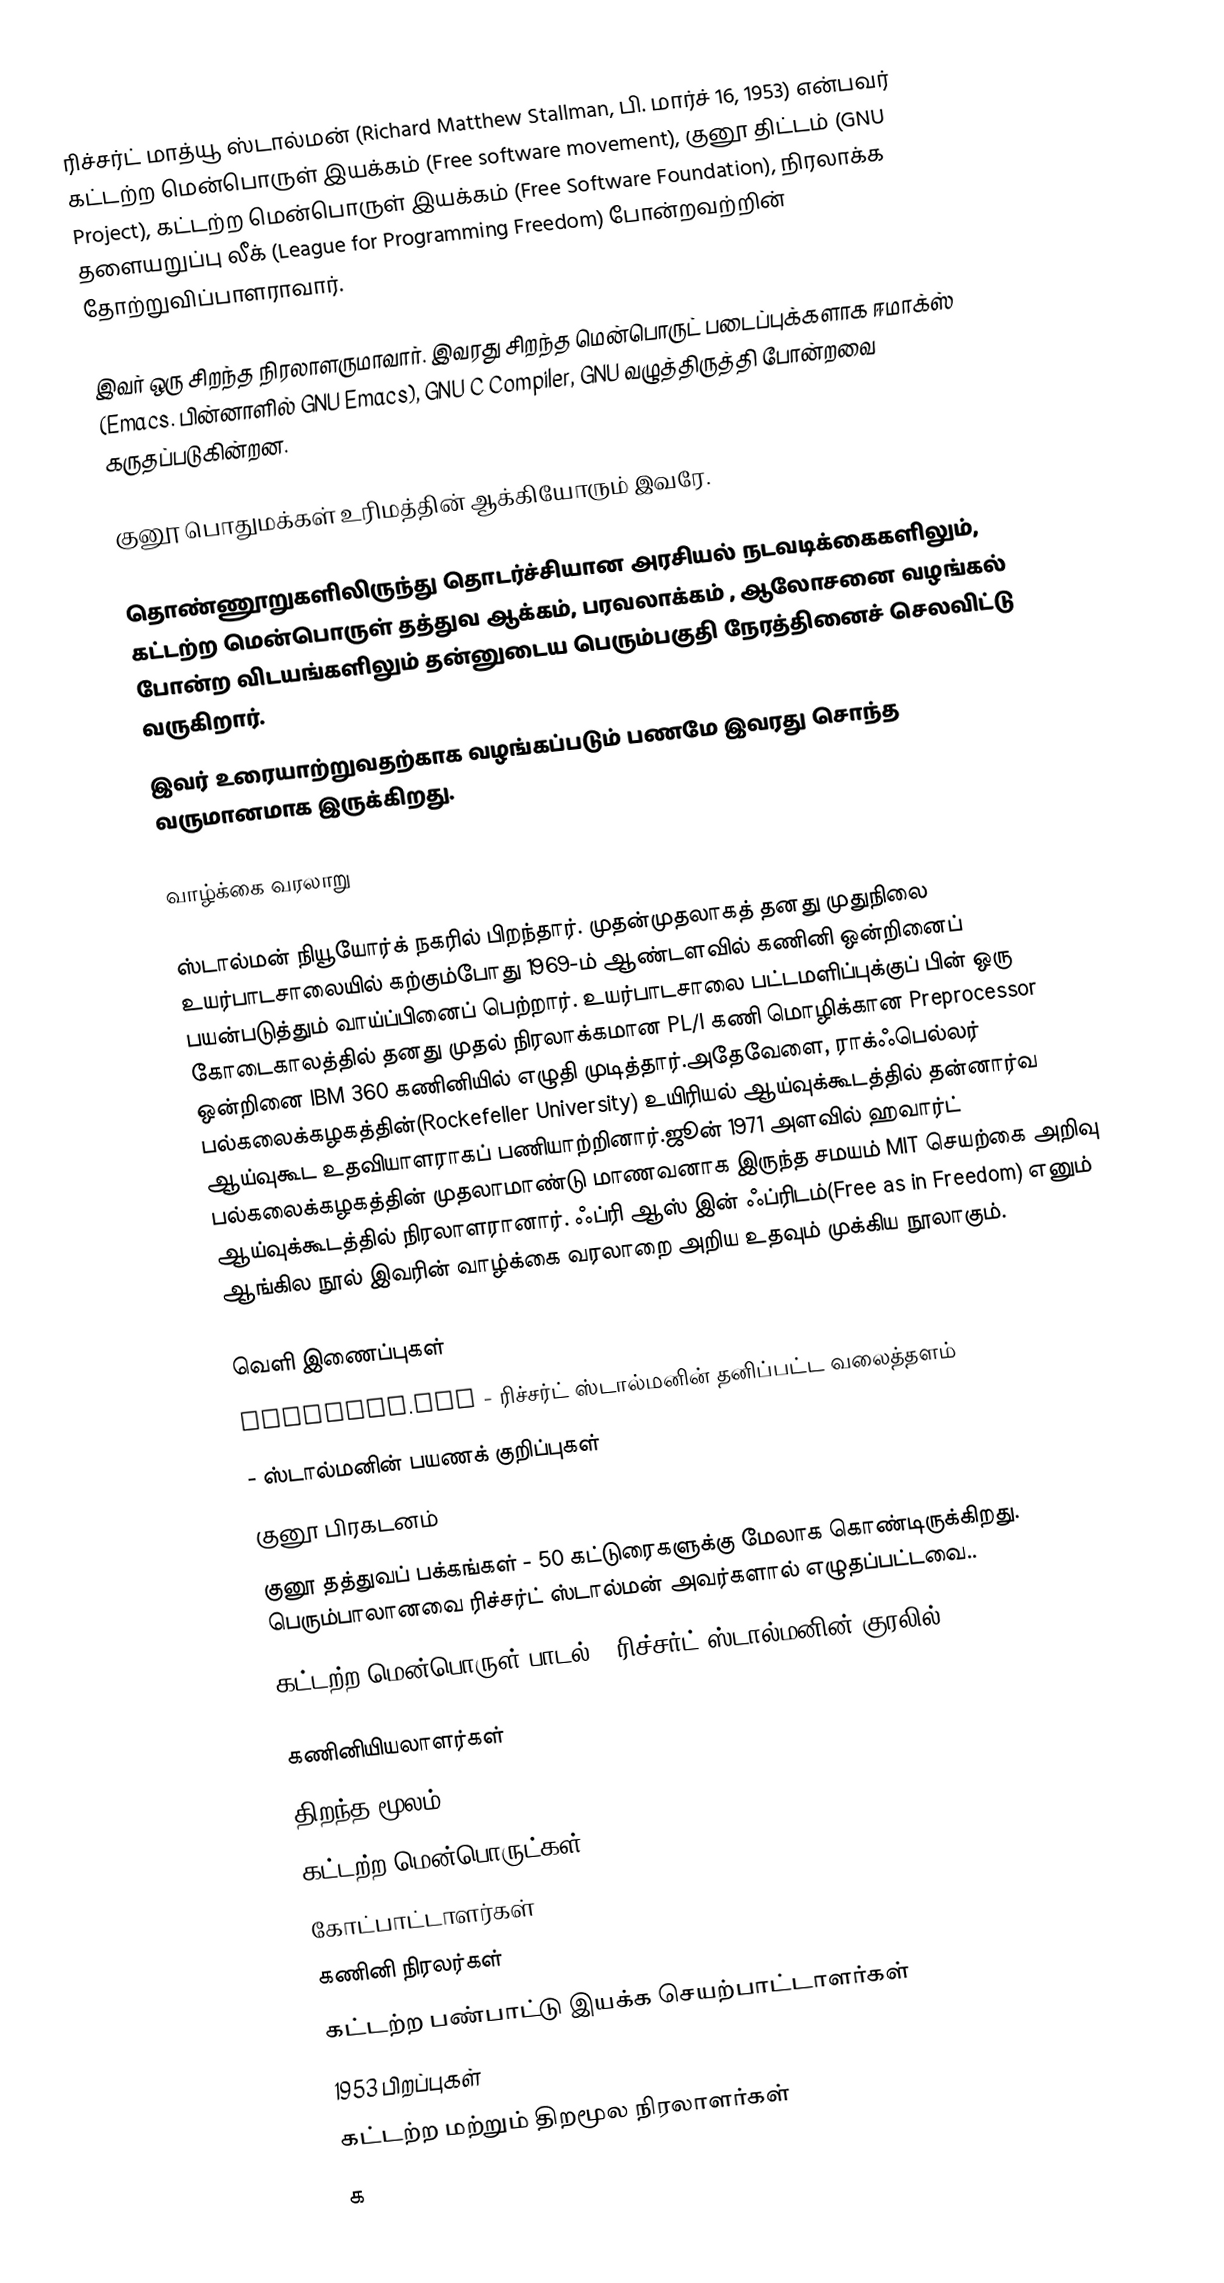
ரிச்சர்ட் மாத்யூ ஸ்டால்மன் (Richard Matthew Stallman, பி. மார்ச் 16, 1953) என்பவர் கட்டற்ற மென்பொருள் இயக்கம் (Free software movement), குனூ திட்டம் (GNU Project), கட்டற்ற மென்பொருள் இயக்கம் (Free Software Foundation), நிரலாக்க தளையறுப்பு லீக் (League for Programming Freedom) போன்றவற்றின் தோற்றுவிப்பாளராவார்.

இவர் ஒரு சிறந்த நிரலாளருமாவார். இவரது சிறந்த மென்பொருட் படைப்புக்களாக ஈமாக்ஸ் (Emacs. பின்னாளில் GNU Emacs), GNU C Compiler, GNU வழுத்திருத்தி போன்றவை கருதப்படுகின்றன.

குனூ பொதுமக்கள் உரிமத்தின் ஆக்கியோரும் இவரே.

தொண்ணூறுகளிலிருந்து தொடர்ச்சியான அரசியல் நடவடிக்கைகளிலும், கட்டற்ற மென்பொருள் தத்துவ ஆக்கம், பரவலாக்கம் , ஆலோசனை வழங்கல் போன்ற விடயங்களிலும் தன்னுடைய பெரும்பகுதி நேரத்தினைச் செலவிட்டு வருகிறார்.
இவர் உரையாற்றுவதற்காக வழங்கப்படும் பணமே இவரது சொந்த வருமானமாக இருக்கிறது.

வாழ்க்கை வரலாறு

ஸ்டால்மன் நியூயோர்க் நகரில் பிறந்தார். முதன்முதலாகத் தனது முதுநிலை உயர்பாடசாலையில் கற்கும்போது 1969-ம் ஆண்டளவில் கணினி ஒன்றினைப் பயன்படுத்தும் வாய்ப்பினைப் பெற்றார். உயர்பாடசாலை பட்டமளிப்புக்குப் பின் ஒரு கோடைகாலத்தில் தனது முதல் நிரலாக்கமான PL/I கணி மொழிக்கான Preprocessor ஒன்றினை IBM 360 கணினியில் எழுதி முடித்தார்.அதேவேளை, ராக்ஃபெல்லர் பல்கலைக்கழகத்தின்(Rockefeller University) உயிரியல் ஆய்வுக்கூடத்தில் தன்னார்வ ஆய்வுகூட உதவியாளராகப் பணியாற்றினார்.ஜூன் 1971 அளவில் ஹவார்ட் பல்கலைக்கழகத்தின் முதலாமாண்டு மாணவனாக இருந்த சமயம் MIT செயற்கை அறிவு ஆய்வுக்கூடத்தில் நிரலாளரானார். ஃப்ரி ஆஸ் இன் ஃப்ரிடம்(Free as in Freedom) எனும் ஆங்கில நூல் இவரின் வாழ்க்கை வரலாறை அறிய உதவும் முக்கிய நூலாகும்.

வெளி இணைப்புகள்
  stallman.org - ரிச்சர்ட் ஸ்டால்மனின் தனிப்பட்ட வலைத்தளம்
  - ஸ்டால்மனின் பயணக் குறிப்புகள்
  குனூ பிரகடனம்
  குனூ தத்துவப் பக்கங்கள் - 50 கட்டுரைகளுக்கு மேலாக கொண்டிருக்கிறது. பெரும்பாலானவை ரிச்சர்ட் ஸ்டால்மன் அவர்களால் எழுதப்பட்டவை..
  கட்டற்ற மென்பொருள் பாடல் - ரிச்சர்ட் ஸ்டால்மனின் குரலில்

கணினியியலாளர்கள்
திறந்த மூலம்
கட்டற்ற மென்பொருட்கள்
கோட்பாட்டாளர்கள்
கணினி நிரலர்கள்
கட்டற்ற பண்பாட்டு இயக்க செயற்பாட்டாளர்கள்
1953 பிறப்புகள்
கட்டற்ற மற்றும் திறமூல நிரலாளர்கள்
க